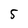
Character: 5